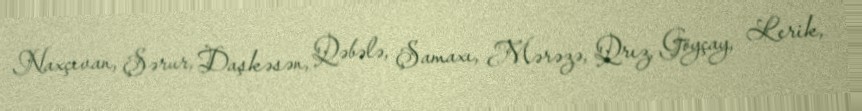
Naxçıvan, Şərur, Daşkəsən, Qəbələ, Şamaxı, Mərəzə, Qrız, Göyçay, Lerik,